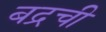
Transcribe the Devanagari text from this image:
बद्रची